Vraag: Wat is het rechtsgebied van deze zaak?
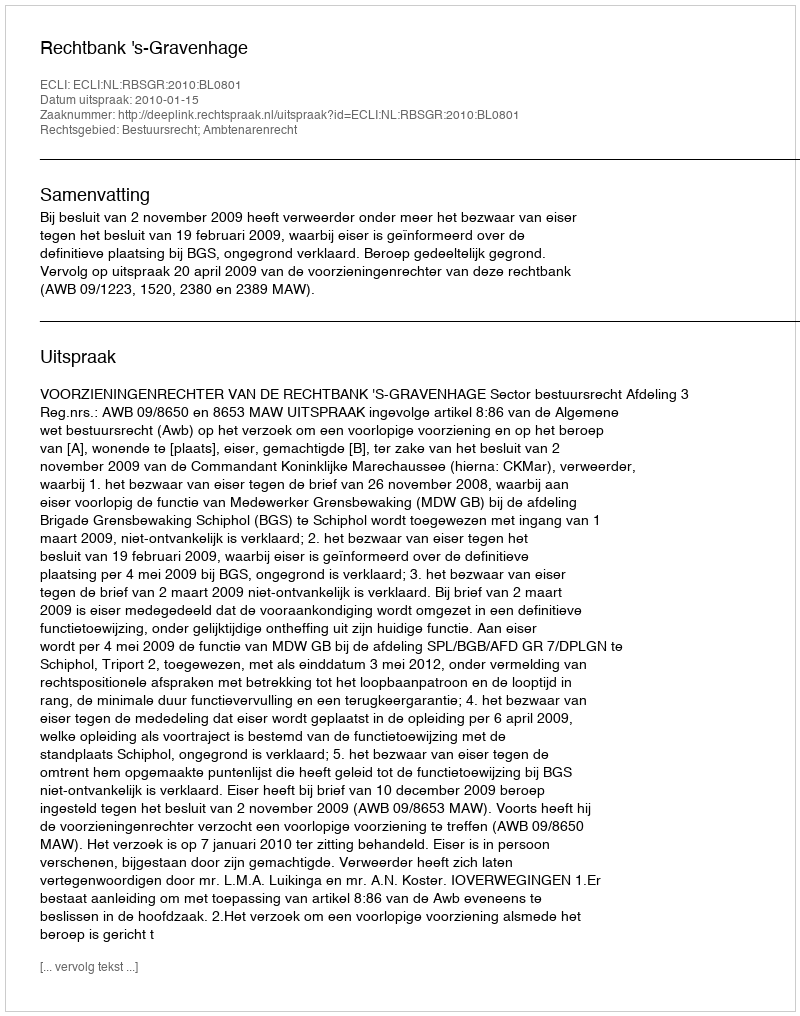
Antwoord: Bestuursrecht; Ambtenarenrecht